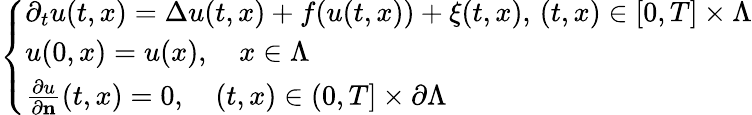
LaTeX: \left\{ \begin{array}{ll}{\partial_{t}u(t,x)=\Delta u(t,x)+f(u(t,x))+\xi(t,x),\, (t,x)\in[0,T]\times\Lambda}\\ {u(0,x)=u(x),\quad x\in\Lambda}\\ {\frac{\partial u}{\partial\textbf{n}}(t,x)=0,\quad(t,x)\in(0,T]\times\partial\Lambda}\end{array}\right.